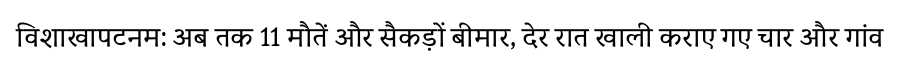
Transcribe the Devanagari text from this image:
विशाखापटनम: अब तक 11 मौतें और सैकड़ों बीमार, देर रात खाली कराए गए चार और गांव